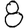
Digit: 8